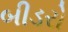
બીડરો